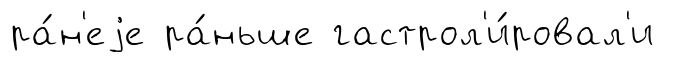
ра́н'еjе ра́ньше гастрол'и́ровал'и